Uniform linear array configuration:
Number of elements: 16
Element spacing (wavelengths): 1
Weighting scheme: kaiser
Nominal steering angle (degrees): -15
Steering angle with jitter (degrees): -13.758
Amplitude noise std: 0.05
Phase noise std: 0.05

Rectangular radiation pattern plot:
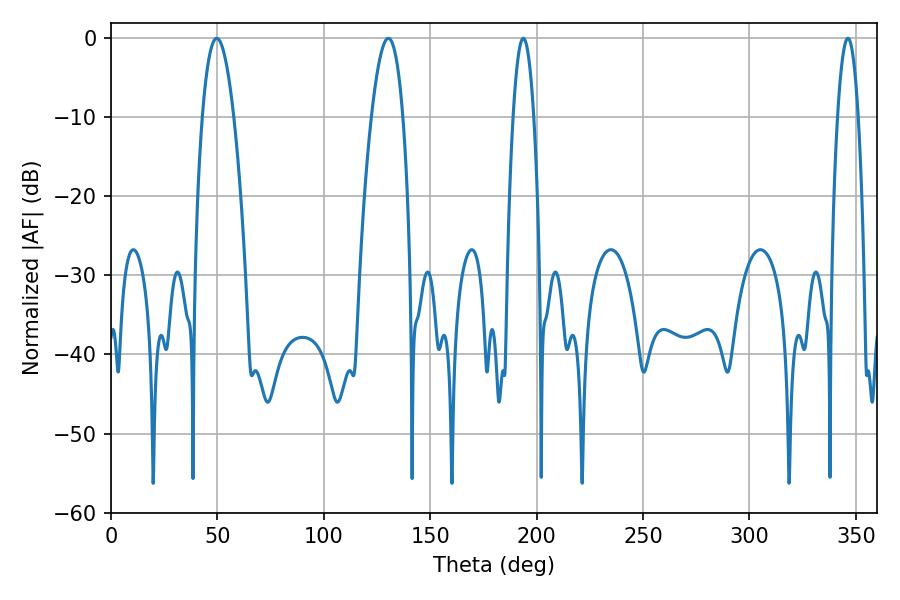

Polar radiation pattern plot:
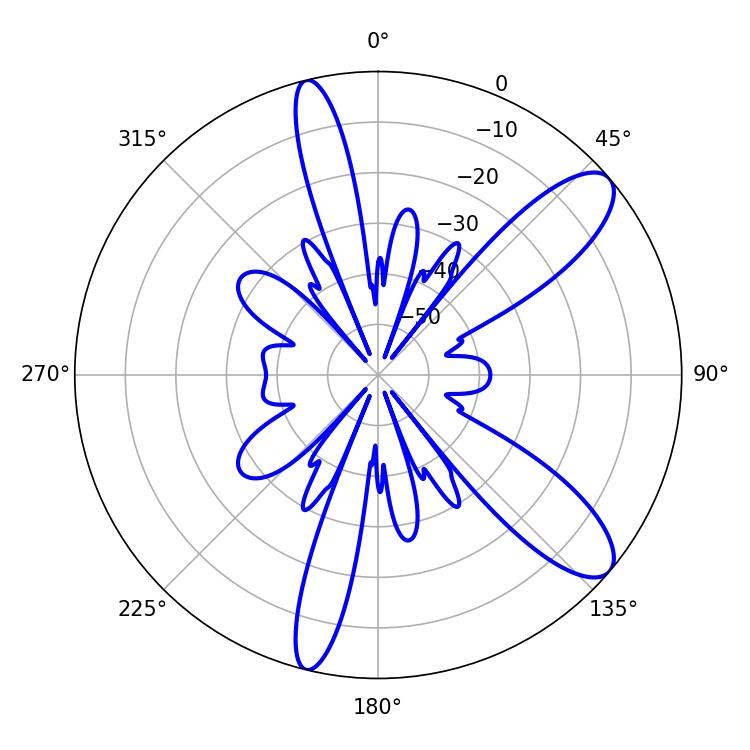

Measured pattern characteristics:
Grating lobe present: TRUE
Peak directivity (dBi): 10.337
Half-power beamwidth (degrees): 8.28
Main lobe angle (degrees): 49.68